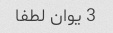
3 یوان لطفا